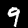
Digit: 9